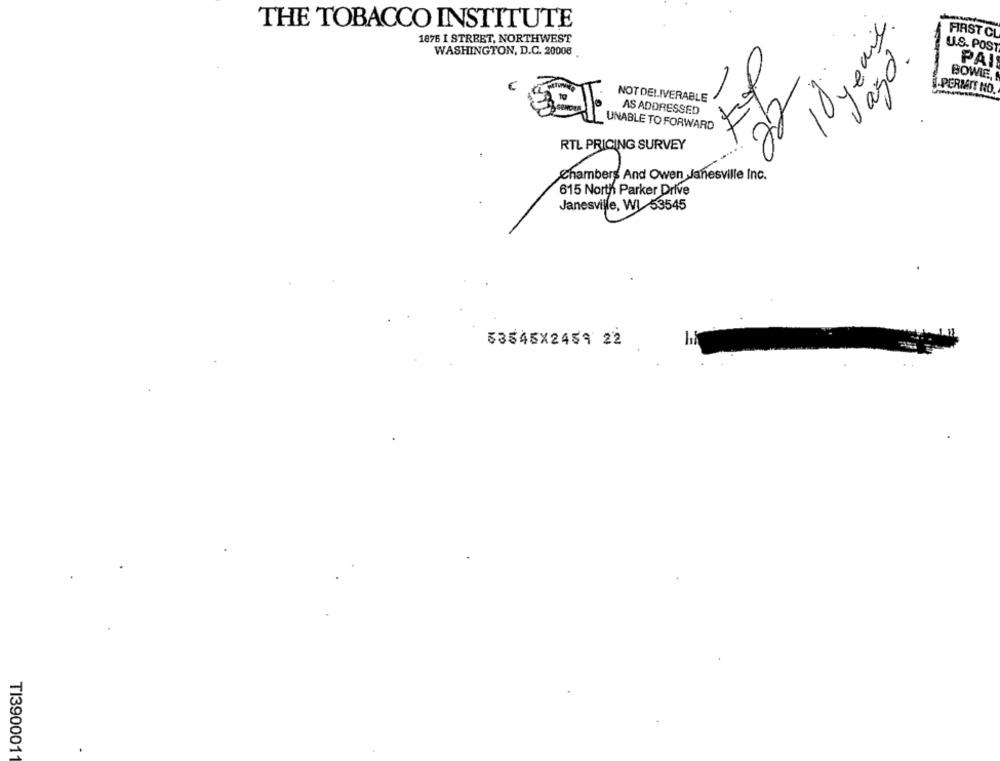
THE TOBACCO INSTITUTE
10 years.
1876 1 STREET, NORTHWEST
FIRST CL
WASHINGTON, D.C. 20008
Vaso.
U.S. POST
C
PAI
BOWIE,
1
-
I-PERMIT NO.
NOT DELIVERABLE
22
UNABLE TO FORWARD EL
AS ADDRESSED
INABLE TO GOD
RTL PRICING SURVEY
...
Chambers And Owen Janesville Inc.
615 North Parker Drive
Janesville, WI 53545
53545X2459 22
TI390001